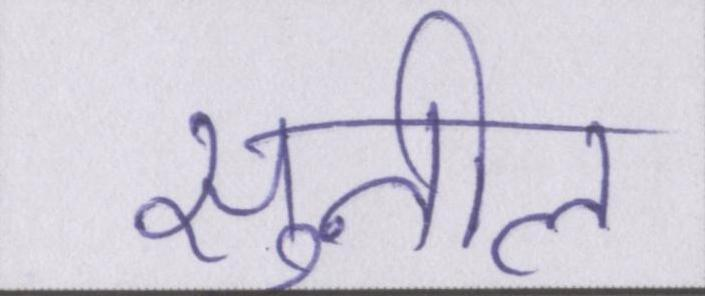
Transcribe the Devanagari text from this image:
सुनील